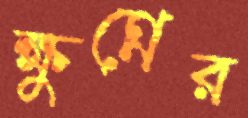
ক্ষুণ্নের